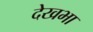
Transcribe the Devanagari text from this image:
देखभा